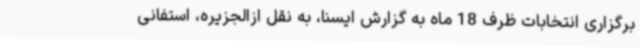
برگزاری انتخابات ظرف 18 ماه به گزارش ایسنا، به نقل ازالجزیره، استفانی